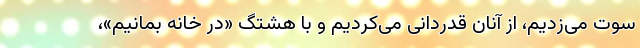
سوت می‌زدیم، از آنان قدردانی می‌کردیم و با هشتگ «در خانه بمانیم»،